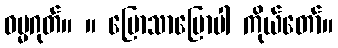
ဓမ္မဂုတ်။ ။ ပြောသာပြောပါ ကိုယ်တော်။